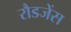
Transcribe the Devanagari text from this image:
रौडजेंस